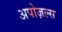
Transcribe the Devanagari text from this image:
अपोज़ल्स